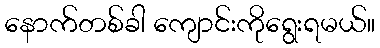
နောက်တစ်ခါ ကျောင်းကိုရွေးရမယ်။